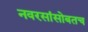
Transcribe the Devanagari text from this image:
नवरसांसोबतच